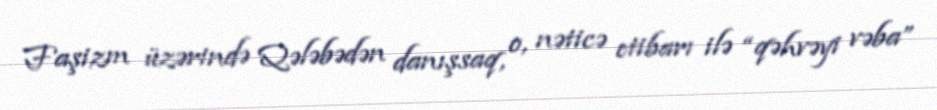
Faşizm üzərində Qələbədən danışsaq, o, nəticə etibarı ilə “qəhvəyi vəba”